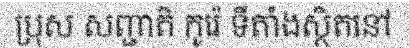
ប្រុស សញ្ជាតិ កូរ៉េ ទីតាំងស្ថិតនៅ